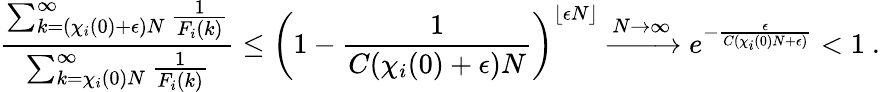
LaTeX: \frac{\sum_{k=(\chi_{i}(0)+\epsilon)N}^{\infty}\frac{1}{F_{i}(k)}}{\sum_{k=\chi_{i}(0)N}^{\infty}\frac{1}{F_{i}(k)}}\le\left(1-\frac{1}{C(\chi_{i}(0)+\epsilon)N}\right)^{\lfloor\epsilon N\rfloor}\xrightarrow{N\to\infty}e^{-\frac{\epsilon}{C(\chi_{i}(0)N+\epsilon)}}<1\ .